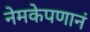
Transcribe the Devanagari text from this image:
नेमकेपणानं